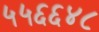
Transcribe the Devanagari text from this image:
५५६६४८